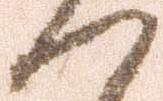
つ